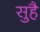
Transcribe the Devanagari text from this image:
सुहै